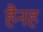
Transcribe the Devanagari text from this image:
हैनह